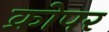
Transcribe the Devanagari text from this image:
क्रोपर